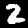
Label: 2